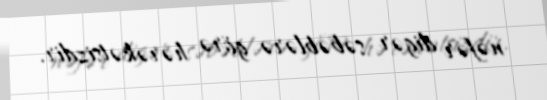
nəfər digər səbəblərə görə hərəkətsizdir.